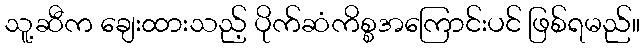
သူ့ဆီက ချေးထားသည့် ပိုက်ဆံကိစ္စအကြောင်းပင် ဖြစ်ရမည်။